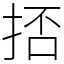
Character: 㧵